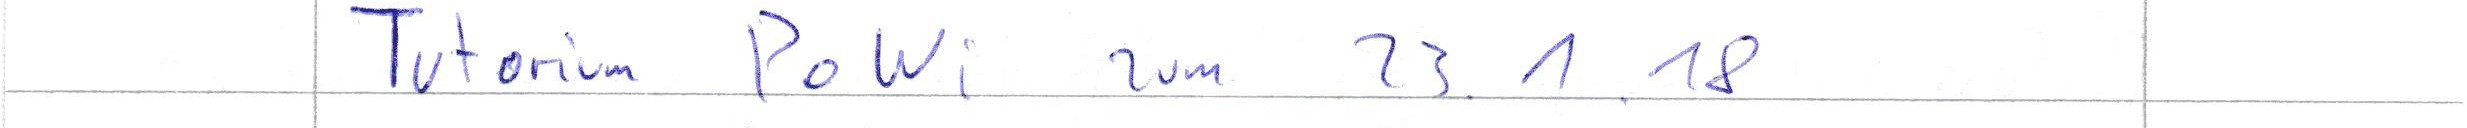
Tutorium PoWi zum 23.1.18